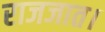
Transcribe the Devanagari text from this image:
राजजात।